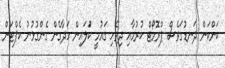
ކަންކަން ދަނޑުގަވެސް ޕްރޮމޯޓް ކުރުމާއި ދިވެހި ގައުމީ ކުަލައިން ހަދާގެން ގެންގުޅުނު ކެޕްޓަން